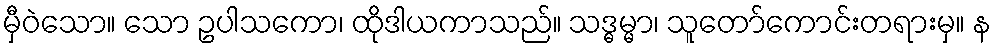
မှီဝဲသော။ သော ဥပါသကော၊ ထိုဒါယကာသည်။ သဒ္ဓမ္မာ၊ သူတော်ကောင်းတရားမှ။ န